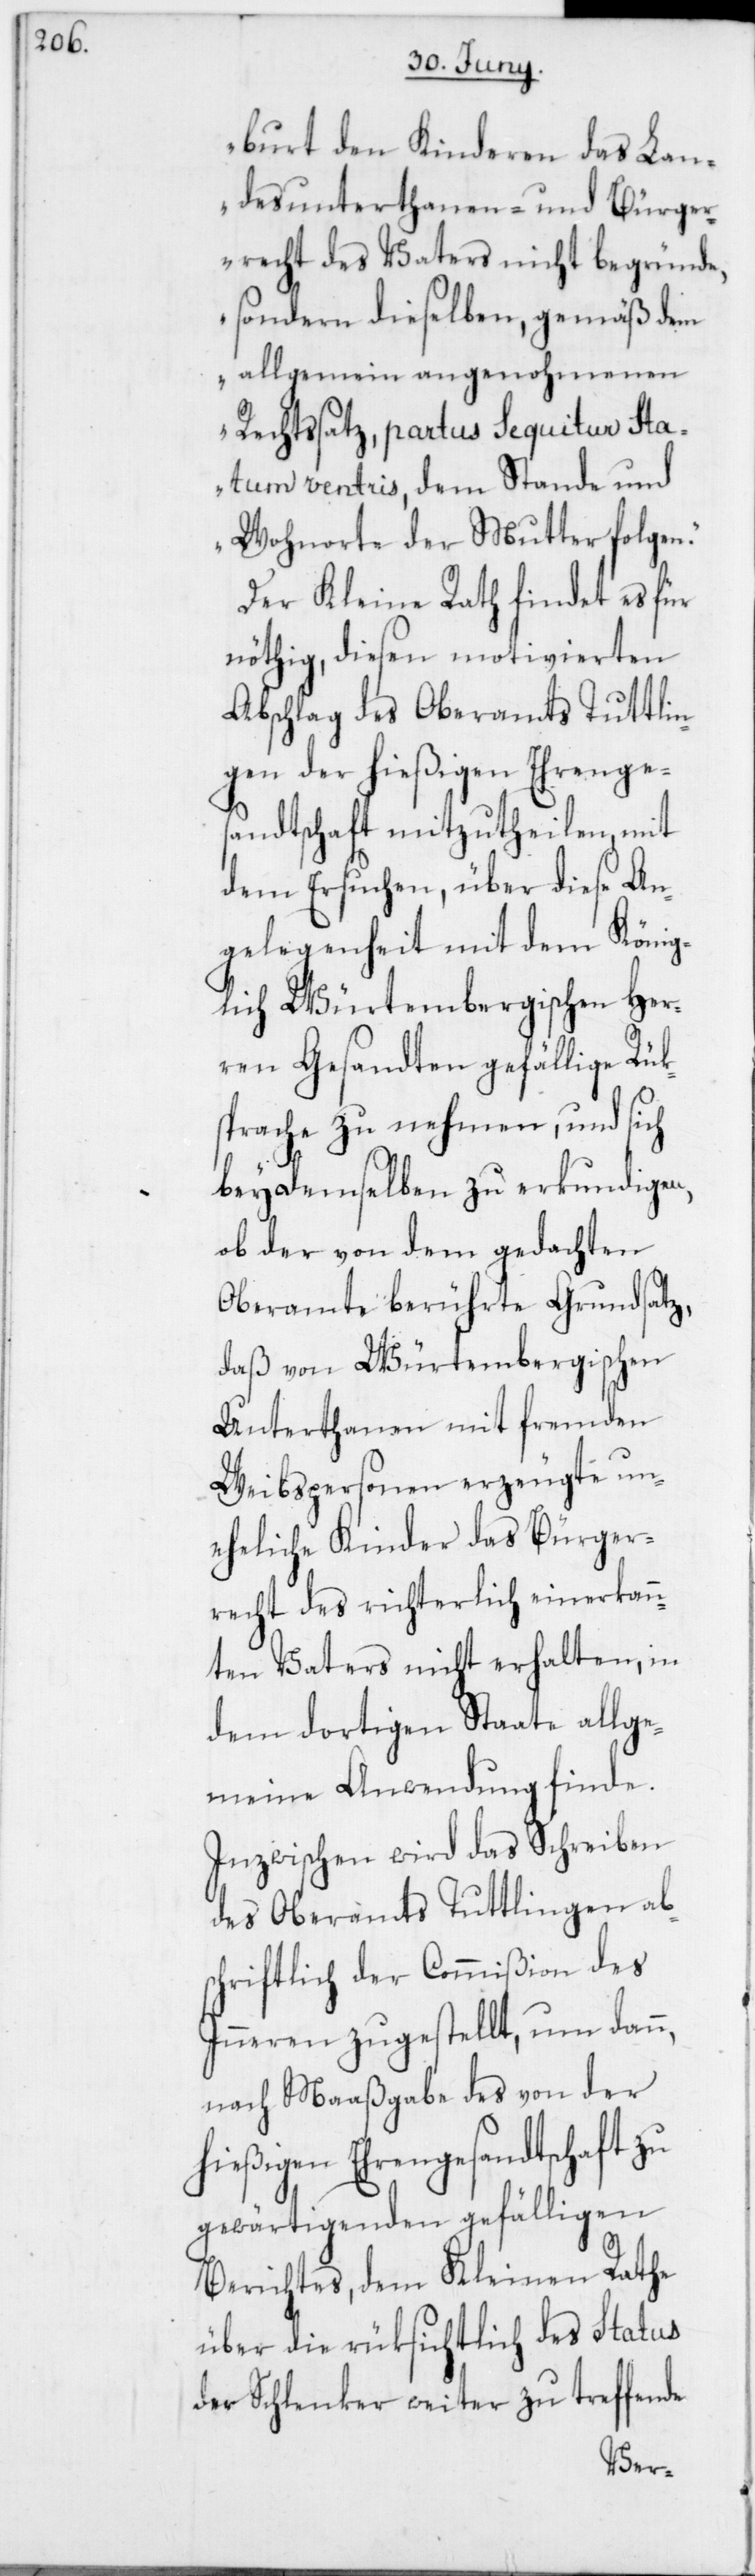
burt den Kinderen das Lan¬
desunterthanen- und Bürger¬
recht des Vaters nicht begründe,
sondern dieselben, gemäß dem
allgemein angenohmenen
Rechtssatz, partus sequitur sta¬
tum ventris, dem Stande und
Wohnorte der Mutter folgen.“
Der Kleine Rath findet es für
nöthig, diesen motivierten
Abschlag des Oberamts Tuttlin¬
gen der hießigen Ehrenge¬
sandtschaft mitzutheilen, mit
dem Ersuchen, über diese An¬
gelegenheit mit dem König¬
lich-Würtembergischen Her¬
ren Gesandten gefällige Rük¬
sprache zu nehmen, und sich
bey demselben zu erkundigen,
ob der von dem gedachten
Oberamte berührte Grundsatz,
daß von Würtembergischen
Unterthanen mit fremden
Weibspersonen erzeugte un¬
eheliche Kinder das Bürger¬
recht des richterlich einerkan¬
nten Vaters nicht erhalten, in
dem dortigen Staate allge¬
meine Anwendung finde.
Inzwischen wird das Schreiben
des Oberamts Tuttlingen ab¬
schriftlich der Commißion des
Inneren zugestellt, um dann,
nach Maaßgabe des von der
hießigen Ehrengesandtschaft zu
gewärtigenden gefälligen
Berichtes, dem Kleinen Rathe
über die rüksichtlich des Status
der Schlenker weiter zu treffende